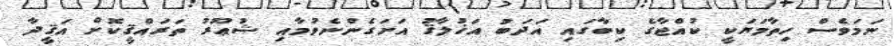
ނަމަވެސް ހިތާމަޔަކީ ކުއްޖާގެ ކިބާގައި އަދަބު އަޚުލާޤު އަށަގެންނެވުމާއި ޝުޢޫރު ތަރައްޤީކޮށް އަޤީދާ